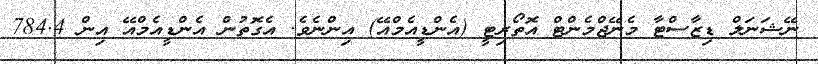
ނޭޝަނަލް ޑިޒާސްޓާ މެނޭޖްމެންޓް އޮތޯރިޓީ (އެންޑީއެމްއޭ) އިންނެވެ. އެގޮތުން އެންޑީއެމްއޭ އިން 784.4